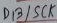
Text: D13/SCK